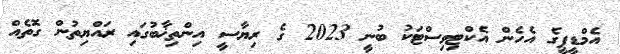
އެމްޑީޕީގެ އެހެން އެކްޓިވިސްޓަކު ބުނީ 2023 ގެ ރިޔާސީ އިންތިޚާބުގައި ރައްޔިތުން ގޮތެއް